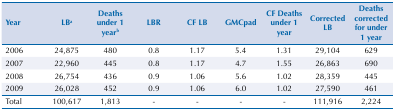
<table><thead><tr><td><b>Year</b></td><td><b>LB<sup>a</sup></b></td><td><b>Deaths under 1 year<sup>b</sup></b></td><td><b>LBR</b></td><td><b>CF LB</b></td><td><b>GMCpad</b></td><td><b>CF Deaths under 1 year</b></td><td><b>Corrected LB</b></td><td><b>Deaths corrected for under 1 year</b></td></tr></thead><tbody><tr><td>2006</td><td>24,875</td><td>480</td><td>0.8</td><td>1.17</td><td>5.4</td><td>1.31</td><td>29,104</td><td>629</td></tr><tr><td>2007</td><td>22,960</td><td>445</td><td>0.8</td><td>1.17</td><td>4.7</td><td>1.55</td><td>26,863</td><td>690</td></tr><tr><td>2008</td><td>26,754</td><td>436</td><td>0.9</td><td>1.06</td><td>5.6</td><td>1.02</td><td>28,359</td><td>445</td></tr><tr><td>2009</td><td>26,028</td><td>452</td><td>0.9</td><td>1.06</td><td>6.0</td><td>1.02</td><td>27,590</td><td>461</td></tr><tr><td>Total</td><td>100,617</td><td>1,813</td><td>-</td><td>-</td><td>-</td><td>-</td><td>111,916</td><td>2,224</td></tr></tbody></table>